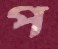
প